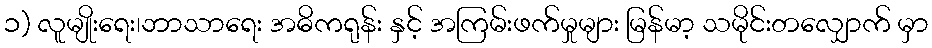
၁) လူမျိုးရေး၊ဘာသာရေး အဓိကရုန်း နှင့် အကြမ်းဖက်မှုများ မြန်မာ့ သမိုင်းတလျှောက် မှာ